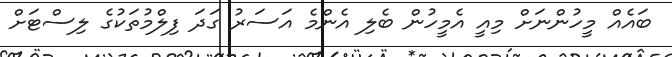
ބައެއް މީހުންނަށް މިއީ އެމީހުން ބެލި އެންމެ އަސަރު ގަދަ ފިލްމުތަކުގެ ލިސްޓަށް